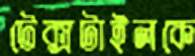
টেক্সটাইলকে